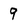
Character: 9